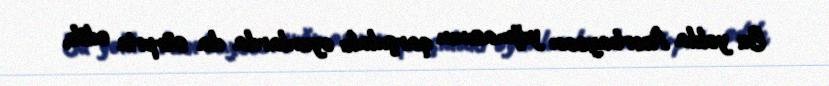
Bu yolda Azərbaycan yığmasının qarşıdakı oyunlarda da sürpriz edib,